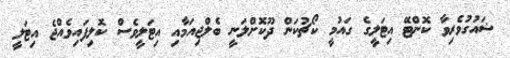
ޝައުގުވެރިވާ ކޮންޓޭ އިޓަލީގެ ގައުމީ ކޯޗުކަން ދޫކޮށްލަނީ ބެލްޖިއަމާއި އިޓަލީވެސް ކޮލިފައިވެއްޖެ އިޓަލީ